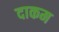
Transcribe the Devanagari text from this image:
दाकम